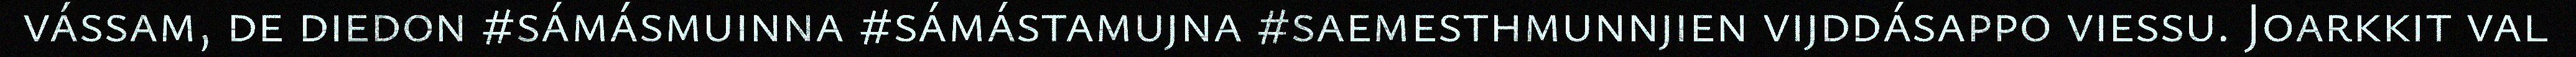
vássam, de diedon #sámásmuinna #sámástamujna #saemesthmunnjien vijddásappo viessu. Joarkkit val